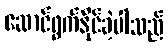
ဆောင်ရွက်နိုင်ခဲ့ပါသည်